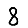
Digit: 8